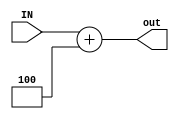
module add4(input [31:0] IN , output reg[31:0] out);
always @(IN) begin
	out <= IN + 32'b00000000000000000000000000000100;
end
endmodule